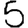
Digit: 5